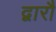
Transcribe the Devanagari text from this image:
द्वारौ